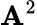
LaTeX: \mathbf{A}^{2}